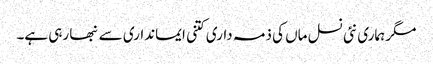
مگر ہماری نئی نسل ماں کی ذمہ داری کتنی ایمانداری سے نبھا رہی ہے۔